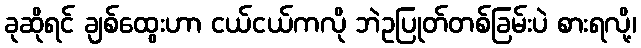
ခုဆိုရင် ချစ်ထွေးဟာ ငယ်ငယ်ကလို ဘဲဥပြုတ်တစ်ခြမ်းပဲ စားရလို့၊